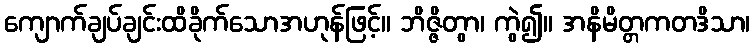
ကျောက်ချပ်ချင်းထိခိုက်သောအဟုန်ဖြင့်။ ဘိဇ္ဇိတွာ၊ ကွဲ၍။ အနိမိတ္တကတဒိသာ၊